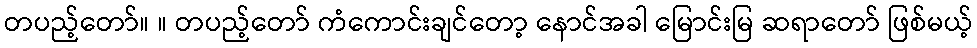
တပည့်တော်။ ။ တပည့်တော် ကံကောင်းချင်တော့ နောင်အခါ မြောင်းမြ ဆရာတော် ဖြစ်မယ့်